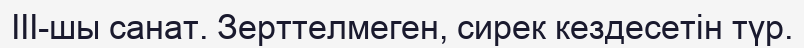
III-шы санат. Зерттелмеген, сирек кездесетін түр.